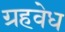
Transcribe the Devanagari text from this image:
ग्रहवेध